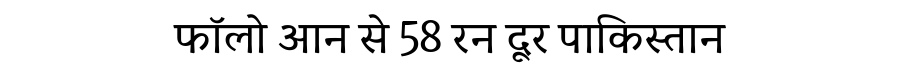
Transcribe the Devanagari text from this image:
फॉलो आन से 58 रन दूर पाकिस्तान